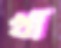
খা